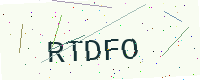
Text: RTDFO